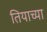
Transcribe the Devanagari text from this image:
तियाच्या